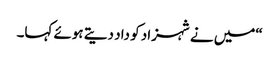
“میں نے شہزاد کو داد دیتے ہوئے کہا۔